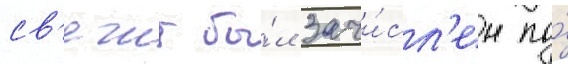
св'ечин бы́л зачи́сл'ен по́